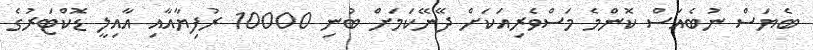
ބެޔަސް ނުބެއަސް ކޮންމެ މަސްވެރިއަކަށް ދޭނޭކަމަށް ބުނި 10000 ރުފިޔާއާއި އާއިލީ ޑޮކްޓަރުގެ